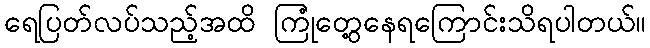
ရေပြတ်လပ်သည့်အထိ ကြုံတွေ့နေရကြောင်းသိရပါတယ်။